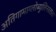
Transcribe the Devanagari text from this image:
अतिगामाग्लोब्युलिनरक्तता